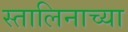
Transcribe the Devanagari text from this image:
स्तालिनाच्या